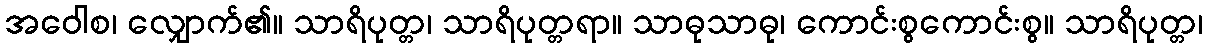
အဝေါစ၊ လျှောက်၏။ သာရိပုတ္တ၊ သာရိပုတ္တရာ။ သာဓုသာဓု၊ ကောင်းစွကောင်းစွ။ သာရိပုတ္တ၊